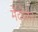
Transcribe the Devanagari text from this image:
मेंदोलन